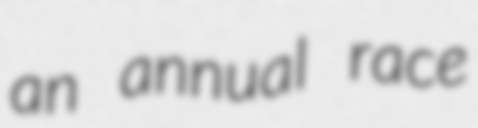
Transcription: an annual race